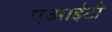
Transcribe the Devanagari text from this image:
एआईटी